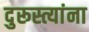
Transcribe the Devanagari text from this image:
दुरूस्त्यांना